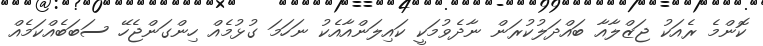
ކޮންމެ ރެއަކު ޖަޒްލާއާ ބައްދަލުކުރަން ނާދެވުމަކީ ކައިލަންއާއެކު ނަހަމަ ގުޅުމެއް ހިންގަންޖެހޭ ސަބަބެއްކަމެއް